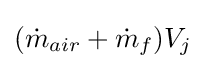
({\dot {m}}_{air}+{\dot {m}}_{f})V_{j}